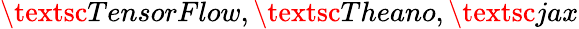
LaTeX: \textsc{TensorFlow},\textsc{Theano},\textsc{jax}